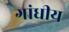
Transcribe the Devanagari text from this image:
गांधीय